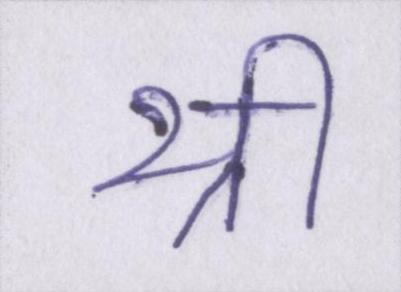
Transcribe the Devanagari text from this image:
थ्री